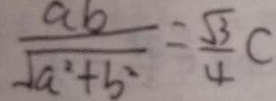
\frac { a b } { \sqrt { a ^ { 2 } + b ^ { 2 } } } = \frac { \sqrt { 3 } } { 4 } C